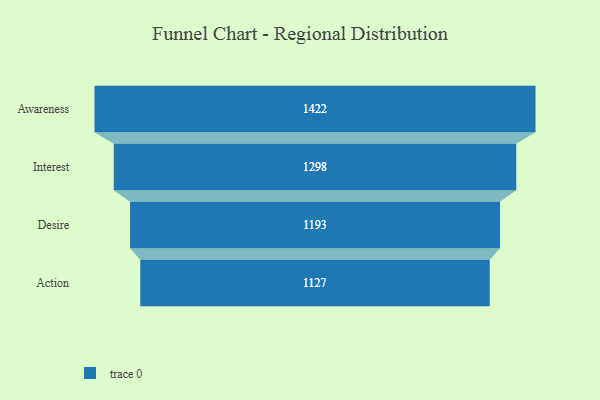
{"axis": {"x": "Stage", "y": "Value"}, "legend": [""], "data": [{"x": "Awareness", "y": 1422.0, "type": ""}, {"x": "Interest", "y": 1298.0, "type": ""}, {"x": "Desire", "y": 1193.0, "type": ""}, {"x": "Action", "y": 1127.0, "type": ""}]}